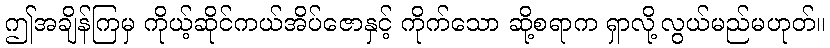
ဤအချိန်ကြမှ ကိုယ့်ဆိုင်ကယ်အိပ်ဇောနှင့် ကိုက်သော ဆို့စရာက ရှာလို့လွယ်မည်မဟုတ်။